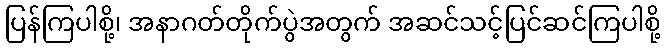
ပြန်ကြပါစို့၊ အနာဂတ်တိုက်ပွဲအတွက် အဆင်သင့်ပြင်ဆင်ကြပါစို့